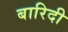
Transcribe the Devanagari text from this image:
बारिदी